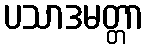
ပသာဒမတ္တာ